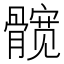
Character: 髋